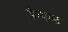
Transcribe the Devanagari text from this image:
सैन्यगट